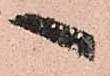
へ